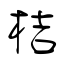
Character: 桔